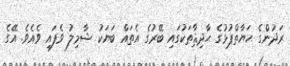
ރަދުންގެ ޙަޔާތްޕުޅުގެ ޙާދިޘާތަކުގައި ބޭރުގެ އެތައް ބަޔަކު ޝާމިލު ވެފައި ވެއެވެ. އޭގެ